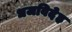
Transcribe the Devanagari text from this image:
धजविदेह